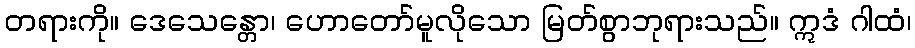
တရားကို။ ဒေသေန္တော၊ ဟောတော်မူလိုသော မြတ်စွာဘုရားသည်။ ဣဒံ ဂါထံ၊